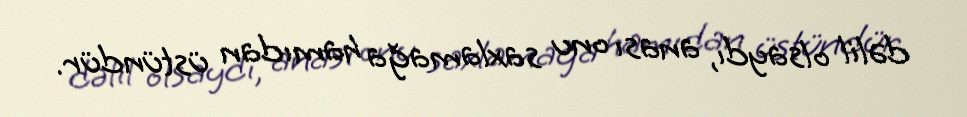
dəlil olsaydı, anası onu saxlamağa hamıdan üstündür.